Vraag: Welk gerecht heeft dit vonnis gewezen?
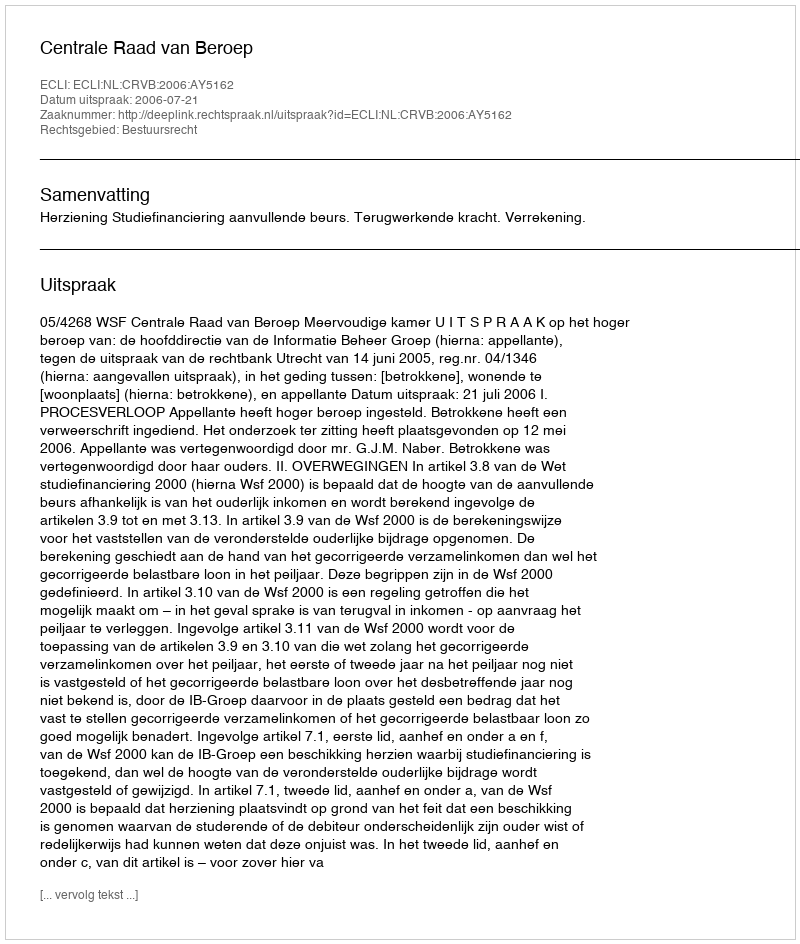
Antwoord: Centrale Raad van Beroep